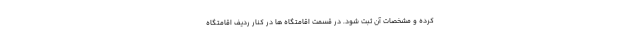
کرده و مشخصات آن ثبت شود. در قسمت اقامتگاه ها در کنار ردیف اقامتگاه